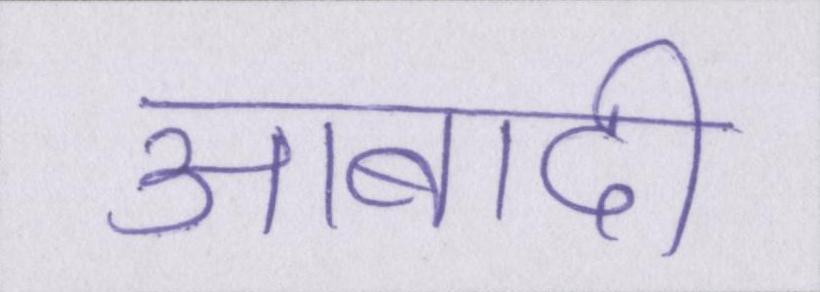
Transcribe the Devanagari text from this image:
आबादी